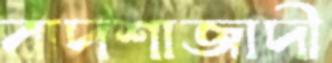
বাদশাজাদী